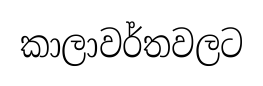
කාලාවර්තවලට